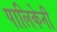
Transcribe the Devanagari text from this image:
पालिकेनी